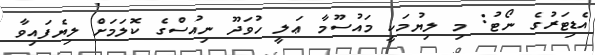
އެޑިޓަރުގެ ނޯޓު: މި ލިޔުމަކީ މައުސޫމާ ޢަލީ ހުވަދޫ ނިއުސްގެ ކޮލަމަށް ލިޔެފައިވާ